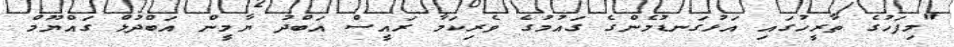
"މިފަހުގެ ތާރީހުގައި އަޅުގަނޑުމެންގެ ގައުމުގެ ވެރިކަމާ ރައީސް އަބްދު ޔާމީން އަބްދުލް ގައްޔޫމް